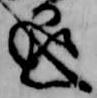
退